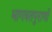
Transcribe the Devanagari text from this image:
भागवतपुराणों